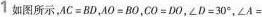
1如图所示，AC=BD，AO=BO，CO=DO，∠D=30°，∠A=